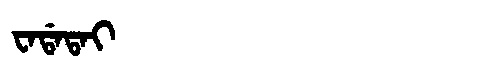
Manchu: ᠸᠠᡩᠠᡨᠠᡳ
Romanization: WADATAI